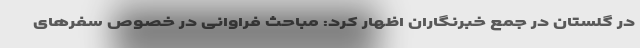
در گلستان در جمع خبرنگاران اظهار کرد: مباحث فراوانی در خصوص سفرهای